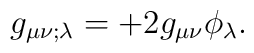
g_{\mu \nu ; \lambda} = + 2 g_{\mu \nu } \phi _\lambda .